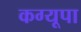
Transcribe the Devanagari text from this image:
कग्‍यूपा